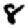
Digit: 8